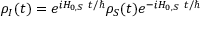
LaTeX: \rho _ { I } ( t ) = e ^ { i H _ { 0 , S } ~ t / \hbar } \rho _ { S } ( t ) e ^ { - i H _ { 0 , S } ~ t / \hbar }